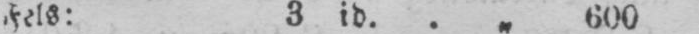
Fels: 3 id. .„ 600